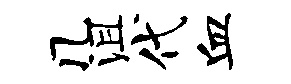
几沮代血